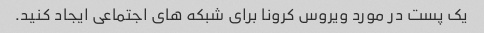
یک پست در مورد ویروس کرونا برای شبکه های اجتماعی ایجاد کنید.